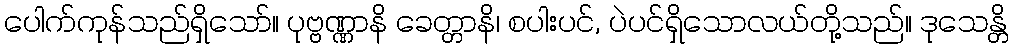
ပေါက်ကုန်သည်ရှိသော်။ ပုဗ္ဗဏ္ဏာနိ ခေတ္တာနိ၊ စပါးပင်, ပဲပင်ရှိသောလယ်တို့သည်။ ဒုသေန္တိ